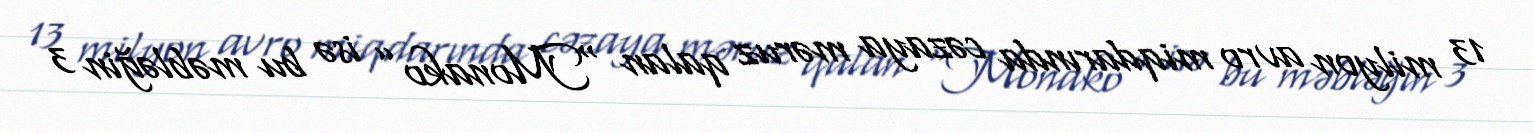
13 milyon avro miqdarında cəzaya məruz qalan “Monako” isə bu məbləğin 3